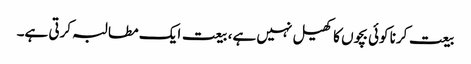
بیعت کرنا کوئی بچوں کا کھیل نہیں ہے، بیعت ایک مطالبہ کرتی ہے۔